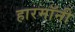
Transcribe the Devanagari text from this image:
हारमॉनी